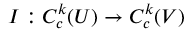
I : C _ { c } ^ { k } ( U ) \to C _ { c } ^ { k } ( V )